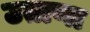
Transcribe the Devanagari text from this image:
उताणा